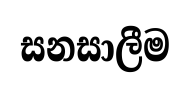
සනසාලීම